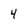
Character: 4